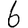
Digit: 6